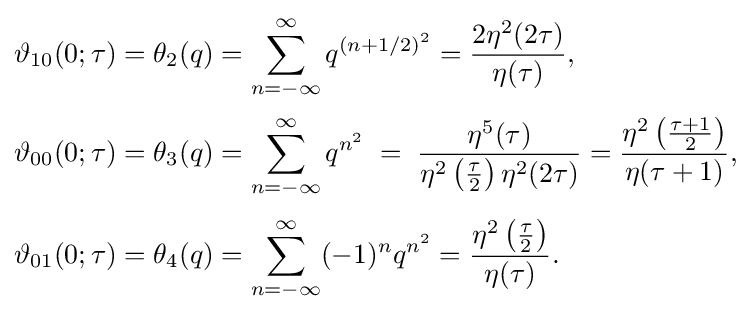
{\begin{aligned}\vartheta _{10}(0;\tau )&=\theta _{2}(q)=\sum _{n=-\infty }^{\infty }q^{(n+1/2)^{2}}={\frac {2\eta ^{2}(2\tau )}{\eta (\tau )}},\\[2pt]\vartheta _{00}(0;\tau )&=\theta _{3}(q)=\sum _{n=-\infty }^{\infty }q^{n^{2}}\;=\;{\frac {\eta ^{5}(\tau )}{\eta ^{2}\left({\frac {\tau }{2}}\right)\eta ^{2}(2\tau )}}={\frac {\eta ^{2}\left({\frac {\tau +1}{2}}\right)}{\eta (\tau +1)}},\\[3pt]\vartheta _{01}(0;\tau )&=\theta _{4}(q)=\sum _{n=-\infty }^{\infty }(-1)^{n}q^{n^{2}}={\frac {\eta ^{2}\left({\frac {\tau }{2}}\right)}{\eta (\tau )}}.\end{aligned}}